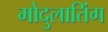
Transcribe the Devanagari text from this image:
मोदुलातिंग